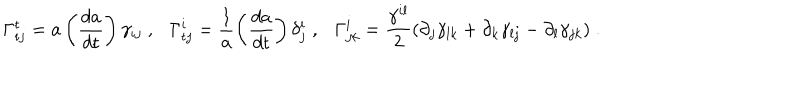
LaTeX: \Gamma _ { i j } ^ { \sf t } = a \left( \frac { d a } { d { \sf t } } \right) \gamma _ { i j } \; , \Gamma _ { { \sf t } j } ^ { i } = \frac { 1 } { a } \left( \frac { d a } { d { \sf t } } \right) \delta _ { j } ^ { i } \; , \Gamma _ { j k } ^ { i } = \frac { \gamma ^ { i l } } { 2 } ( \partial _ { j } \gamma _ { l k } + \partial _ { k } \gamma _ { l j } - \partial _ { l } \gamma _ { j k } ) \; .